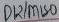
Text: D12/MISO